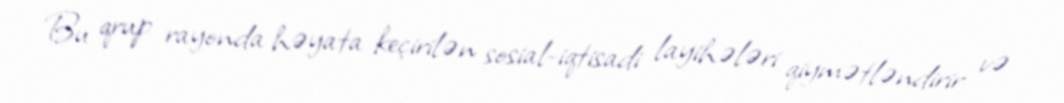
Bu qrup rayonda həyata keçirilən sosial-iqtisadi layihələri qiymətləndirir və